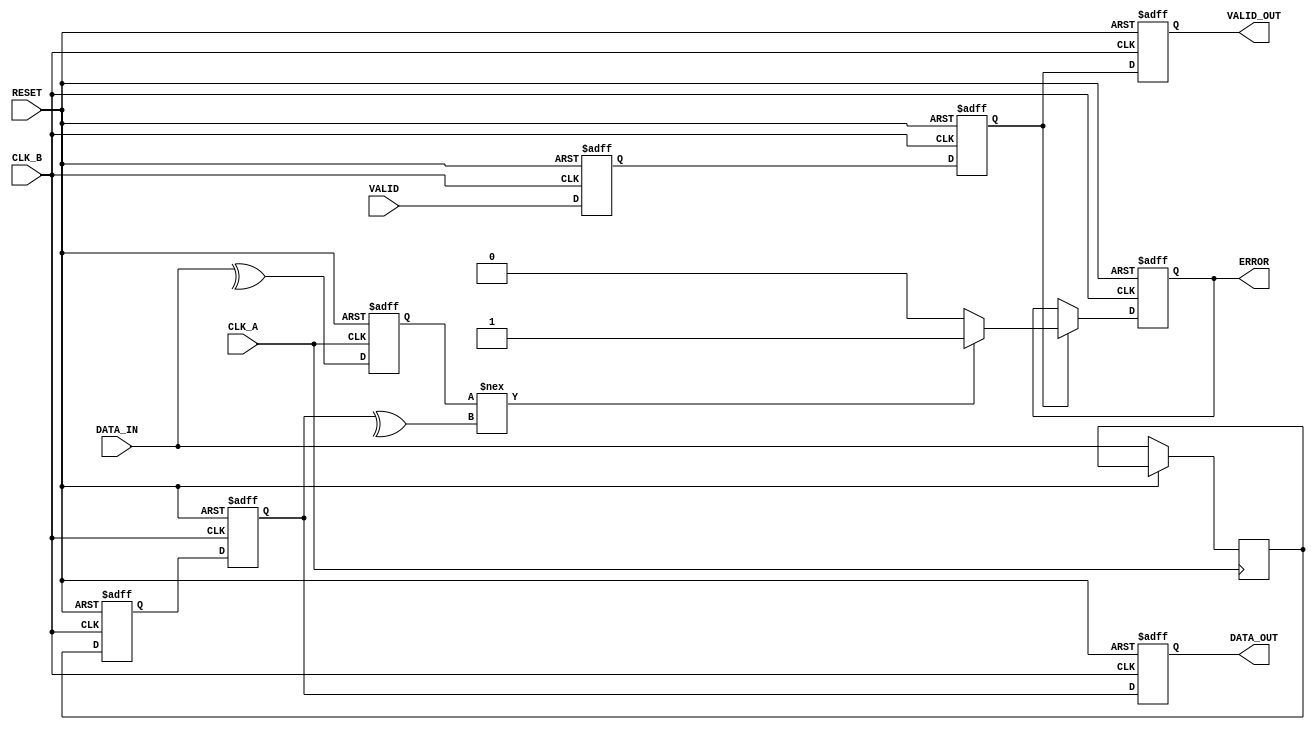
module cdc_with_error_detection (
    input wire CLK_A,          // Source clock domain
    input wire CLK_B,          // Destination clock domain
    input wire RESET,          // Asynchronous reset
    input wire [7:0] DATA_IN,  // Data input from CLK_A domain
    input wire VALID,          // Valid signal from CLK_A domain
    output reg [7:0] DATA_OUT, // Synchronized data output in CLK_B domain
    output reg VALID_OUT,      // Synchronized valid signal in CLK_B domain
    output reg ERROR           // Error signal indicating parity error
);

    reg [7:0] data_reg;        // Register for data in CLK_A domain
    reg parity_bit;            // Parity bit for data
    reg [7:0] data_sync_1;     // First stage of synchronization
    reg [7:0] data_sync_2;     // Second stage of synchronization
    reg valid_sync_1;          // First stage of VALID synchronization
    reg valid_sync_2;          // Second stage of VALID synchronization

    // Parity calculation (even parity)
    always @(posedge CLK_A or posedge RESET) begin
        if (RESET) begin
            parity_bit <= 1'b0;
        end else begin
            parity_bit <= ^DATA_IN; // Calculate parity bit
            data_reg <= DATA_IN;    // Register the data
        end
    end

    // Synchronize data and valid signal to CLK_B domain
    always @(posedge CLK_B or posedge RESET) begin
        if (RESET) begin
            data_sync_1 <= 8'b0;
            data_sync_2 <= 8'b0;
            valid_sync_1 <= 1'b0;
            valid_sync_2 <= 1'b0;
            DATA_OUT <= 8'b0;
            VALID_OUT <= 1'b0;
            ERROR <= 1'b0;
        end else begin
            // Synchronize data
            data_sync_1 <= data_reg; // First flip-flop
            data_sync_2 <= data_sync_1; // Second flip-flop
            
            // Synchronize valid signal
            valid_sync_1 <= VALID; // First flip-flop
            valid_sync_2 <= valid_sync_1; // Second flip-flop
            
            // Output the synchronized data and valid signal
            DATA_OUT <= data_sync_2;
            VALID_OUT <= valid_sync_2;

            // Error detection using parity check
            if (valid_sync_2) begin
                // Check parity
                if (parity_bit !== ^data_sync_2) begin
                    ERROR <= 1'b1; // Set error if parity check fails
                end else begin
                    ERROR <= 1'b0; // Clear error if parity check passes
                end
            end
        end
    end

endmodule